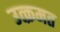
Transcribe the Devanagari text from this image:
उत्क्रमत